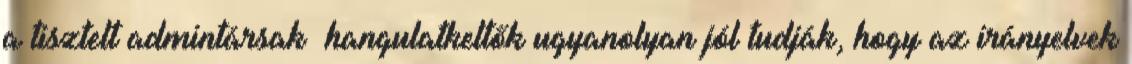
a tisztelt admintársak hangulatkeltők ugyanolyan jól tudják, hogy az irányelvek